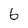
Character: 6